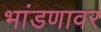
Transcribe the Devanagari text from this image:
भांडणावर